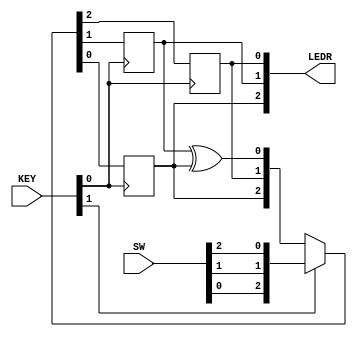
module top_module (
	input [2:0] SW,      // R
	input [1:0] KEY,     // L and clk
	output [2:0] LEDR);  // Q
    
    
    reg q0, q1, q2;
    wire d0, d1, d2;
    wire l, clk;
    assign clk = KEY[0];
    assign l = KEY[1];
    assign {d0, d1, d2} = l ? {SW[0], SW[1], SW[2] } :{q2, q0, q1^q2};
    assign LEDR = {q2, q1, q0};
    //output is in reverse order
    //input s is in correct order i.e s[0], goes to r[0]
    always @ (posedge clk) begin
        q0<=d0;
        q1<=d1;
        q2<=d2;
    end
        


endmodule